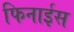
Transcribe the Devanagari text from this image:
फिनाईस